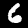
Label: 6